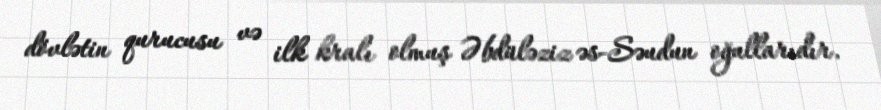
dövlətin qurucusu və ilk kralı olmuş Əbdüləziz əs-Səudun oğullarıdır.